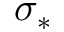
\sigma _ { * }